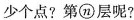
少个点?第n层呢?